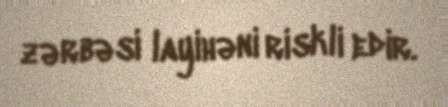
zərbəsi layihəni riskli edir.